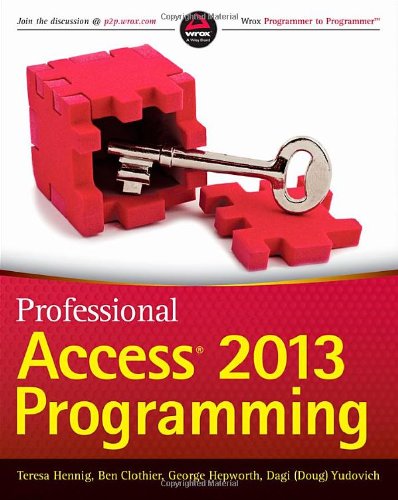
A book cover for Professional Access 2013 Programming; Teresa Hennig; Computers & Technology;